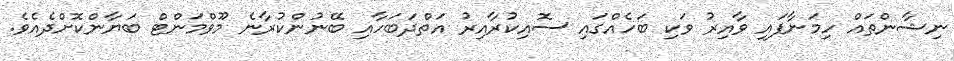
ނިޝާންތައް ހިމަނާފައި ވާއިރު ވަކި ބަހެއްގައި ސޮއިކުރާއިރު އަތްދަބަހާއި ބޭނުންކުރާނެ މޫވްމަންޓް ބަޔާންކޮށްދެއެވެ.